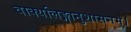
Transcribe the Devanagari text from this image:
वाक्यलिङ्गानुशासनम्।